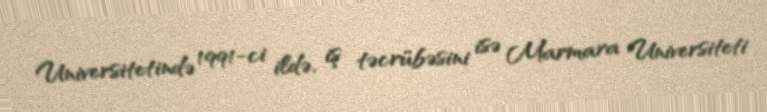
Universitetində 1991-ci ildə, iş təcrübəsini isə Marmara Universiteti